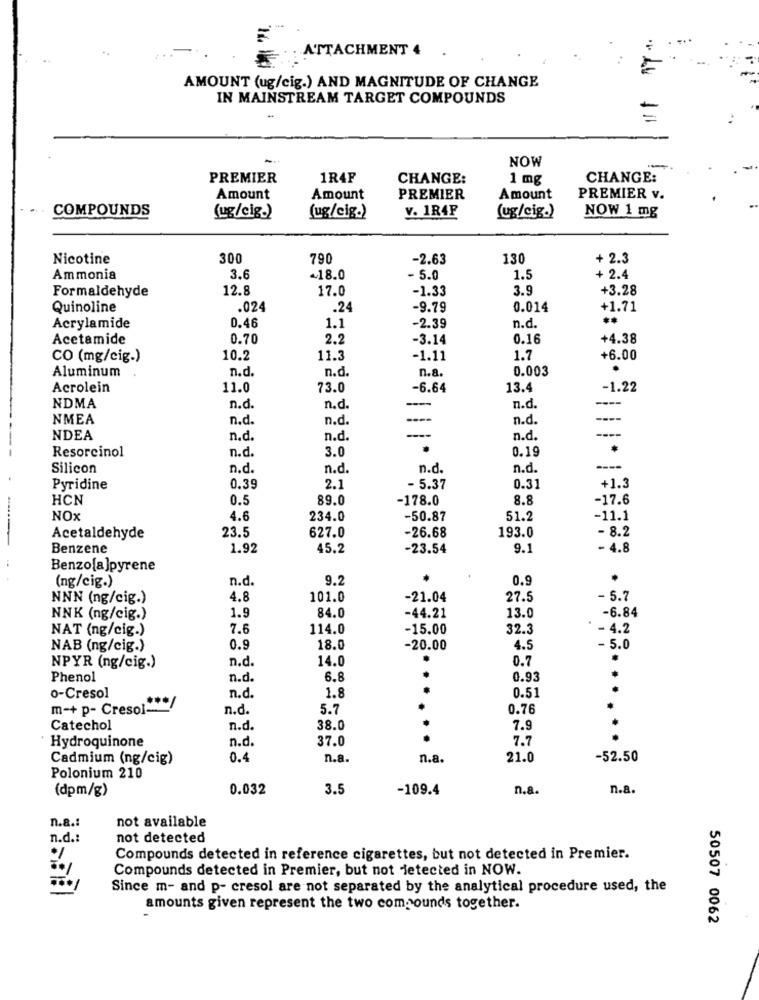
ATTACHMENT 4
AMOUNT (ug/cig.) AND MAGNITUDE OF CHANGE
IN MAINSTREAM TARGET COMPOUNDS
NOW
PREMIER
1R4F
CHANGE:
1 mg
CHANGE:
Amount
Amount
PREMIER
Amount
PREMIER v.
COMPOUNDS
V. 1R4F
(ug/cig.)
NOW 1 mg
(ug/cig.)
(ug/cig.)
Nicotine
300
790
-2.63
130
+ 2.3
Ammonia
3.6
~18.0
- 5.0
1.5
+ 2.4
Formaldehyde
12.8
17.0
-1.33
3.9
+3.28
Quinoline
.024
.24
-9.79
0.014
+1.71
Acrylamide
0.46
1.1
-2.39
n.d.
Acetamide
0.70
2.2
-3.14
0.16
+4.38
CO (mg/cig.)
10.2
11.3
-1.11
1.7
+6.00
Aluminum
n.d.
n.d.
n.a.
0.003
.
Acrolein
11.0
73.0
-6.64
13.4
-1.22
NDMA
n.d.
n.d.
n.d
NMEA
n.d.
n.d.
n.d
NDEA
n.d.
n.d.
----
n.d.
----
Resorcinol
n.d.
3.0
0.19
Silicon
n.d.
n.d.
n.d.
n.d.
----
Pyridine
0.39
2.1
- 5.37
0.31
+1.3
HCN
0.5
89.0
-178.0
8.8
-17.6
NOx
4.6
234.0
-50.87
51.2
-11.1
23.5
-26.68
193.0
- 8.2
Acetaldehyde
627.0
Benzene
1.92
45.2
-23.54
9.1
- 4.8
Benzo[a]pyrene
(ng/cig.)
n.d.
9.2
0.9
NNN (ng/cig.)
4.8
101.0
-21.04
27.5
- 5.7
NNK (ng/cig.)
1.9
84.0
-44.21
13.
-6.84
NAT (ng/cig.)
7.6
114.0
-15.00
32.3
- 4.2
NAB (ng/cig.)
0.9
18.0
-20.00
4.5
- 5.0
n.d.
14.0
0.7
NPYR (ng/cig.)
Phenol
n.d.
6.8
..
0.93
n.d.
1.8
0.51
o-Cresol
m-+ p- Cresol -* /
n.d.
5.7
0.76
Catechol
n.d.
38.0
7.9
n.d.
37.0
..
7.7
Hydroquinone
Cadmium (ng/cig)
0.4
n.a.
n.a.
21.0
-52.50
Polonium 210
(dpm/g)
0.032
3.5
-109.4
n.a.
n.a.
not available
n.a .:
n.d .:
not detected
Compounds detected in reference cigarettes, but not detected in Premier.
Compounds detected in Premier, but not detected in NOW.
Since m- and p- cresol are not separated by the analytical procedure used, the
amounts given represent the two compounds together.
50507 0062